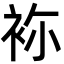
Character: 袮